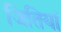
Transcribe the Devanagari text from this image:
जितियां